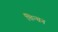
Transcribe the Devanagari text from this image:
चिन्‍तन